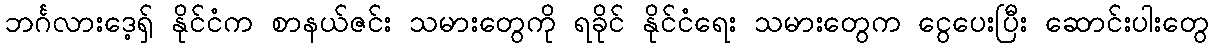
ဘင်္ဂလားဒေ့ရှ် နိုင်ငံက စာနယ်ဇင်း သမားတွေကို ရခိုင် နိုင်ငံရေး သမားတွေက ငွေပေးပြီး ဆောင်းပါးတွေ